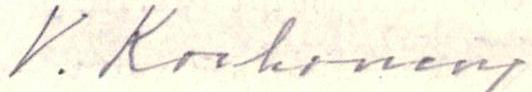
V. Korhonen